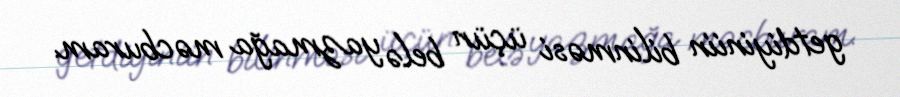
getdiyiniin bilinməsi üçün belə yazmağa məcburam.